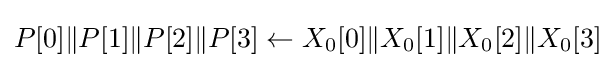
P[0]\|P[1]\|P[2]\|P[3]\leftarrow X_{0}[0]\|X_{0}[1]\|X_{0}[2]\|X_{0}[3]